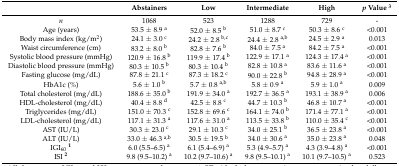
<table><thead><tr><td></td><td><b>Abstainers</b></td><td><b>Low</b></td><td><b>Intermediate</b></td><td><b>High</b></td><td><b><i>p</i> Value <sup>3</sup></b></td></tr></thead><tbody><tr><td><i>n</i></td><td>1068</td><td>523</td><td>1288</td><td>729</td><td>-</td></tr><tr><td>Age (years)</td><td>53.5 ± 8.9 <sup>a</sup></td><td>52.0 ± 8.5 <sup>b</sup></td><td>51.0 ± 8.7 <sup>c</sup></td><td>50.3 ± 8.6 <sup>c</sup></td><td>&lt;0.001</td></tr><tr><td>Body mass index (kg/m<sup>2</sup>)</td><td>24.1 ± 3.0 <sup>c</sup></td><td>24.2 ± 2.8 <sup>b,c</sup></td><td>24.4 ± 2.8 <sup>a,b</sup></td><td>24.5 ± 2.9 <sup>a</sup></td><td>0.013</td></tr><tr><td>Waist circumference (cm)</td><td>83.2 ± 8.0 <sup>b</sup></td><td>82.8 ± 7.6 <sup>b</sup></td><td>84.0 ± 7.5 <sup>a</sup></td><td>84.2 ± 7.5 <sup>a</sup></td><td>&lt;0.001</td></tr><tr><td>Systolic blood pressure (mmHg)</td><td>120.9 ± 16.8 <sup>b</sup></td><td>119.9 ± 17.4 <sup>b</sup></td><td>122.9 ± 17.1 <sup>a</sup></td><td>124.3 ± 17.4 <sup>a</sup></td><td>&lt;0.001</td></tr><tr><td>Diastolic blood pressure (mmHg)</td><td>80.3 ± 10.5 <sup>b</sup></td><td>80.3 ± 10.4 <sup>b</sup></td><td>82.8 ± 10.8 <sup>a</sup></td><td>83.6 ± 11.6 <sup>a</sup></td><td>&lt;0.001</td></tr><tr><td>Fasting glucose (mg/dL)</td><td>87.8 ± 21.1 <sup>c</sup></td><td>87.3 ± 18.2 <sup>c</sup></td><td>90.0 ± 22.8 <sup>b</sup></td><td>94.8 ± 28.9 <sup>a</sup></td><td>&lt;0.001</td></tr><tr><td>HbA1c (%)</td><td>5.6 ± 1.0 <sup>b</sup></td><td>5.7 ± 0.8 <sup>a,b</sup></td><td>5.8 ± 0.9 <sup>a</sup></td><td>5.9 ± 1.0 <sup>a</sup></td><td>0.009</td></tr><tr><td>Total cholesterol (mg/dL)</td><td>188.6 ± 35.0 <sup>b</sup></td><td>191.9 ± 34.0 <sup>a</sup></td><td>192.7 ± 36.5 <sup>a</sup></td><td>193.1 ± 38.9 <sup>a</sup></td><td>0.006</td></tr><tr><td>HDL-cholesterol (mg/dL)</td><td>40.4 ± 8.8 <sup>d</sup></td><td>42.5 ± 8.8 <sup>c</sup></td><td>44.7 ± 10.3 <sup>b</sup></td><td>46.8 ± 10.7 <sup>a</sup></td><td>&lt;0.001</td></tr><tr><td>Triglycerides (mg/dL)</td><td>151.0 ± 70.3 <sup>c</sup></td><td>152.8 ± 69.6 <sup>c</sup></td><td>164.1 ± 74.0 <sup>b</sup></td><td>171.4 ± 77.1 <sup>a</sup></td><td>&lt;0.001</td></tr><tr><td>LDL-cholesterol (mg/dL)</td><td>117.1 ± 31.3 <sup>a</sup></td><td>117.6 ± 31.0 <sup>a</sup></td><td>113.5 ± 33.8 <sup>b</sup></td><td>110.0 ± 35.4 <sup>c</sup></td><td>&lt;0.001</td></tr><tr><td>AST (IU/L)</td><td>30.3 ± 23.0 <sup>c</sup></td><td>29.1 ± 10.3 <sup>c</sup></td><td>34.0 ± 25.1 <sup>b</sup></td><td>36.5 ± 23.8 <sup>a</sup></td><td>&lt;0.001</td></tr><tr><td>ALT (IU/L)</td><td>33.0 ± 46.3 <sup>a,b</sup></td><td>30.5 ± 19.5 <sup>b</sup></td><td>34.0 ± 30.6 <sup>a</sup></td><td>35.0 ± 23.8 <sup>a</sup></td><td>0.048</td></tr><tr><td>IGI<sub>60</sub><b><sup>1</sup></b></td><td>6.0 (5.5–6.5) <sup>a</sup></td><td>6.1 (5.4–6.9) <sup>a</sup></td><td>5.3 (4.9–5.7) <sup>a</sup></td><td>4.3 (3.9–4.8) <sup>a</sup></td><td>&lt;0.001</td></tr><tr><td>ISI <b><sup>2</sup></b></td><td>9.8 (9.5–10.2) <sup>a</sup></td><td>10.2 (9.7–10.6) <sup>a</sup></td><td>9.8 (9.5–10.1) <sup>a</sup></td><td>10.1 (9.7–10.5) <sup>a</sup></td><td>0.523</td></tr></tbody></table>